Indian Civil Veterinary Department memoirs
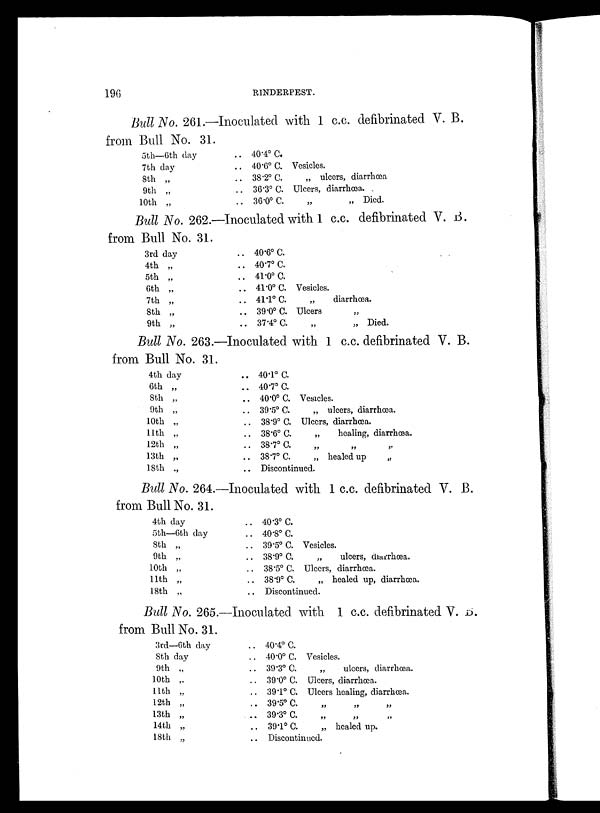
196
RINDERPEST.
Bull No. 261.—Inoculated with 1 c.c. defibrinated V. B.
from Bull No. 31.
5th—6th day
7th day
8th „
9th „
10th „
.. 40.4º C.
.. 40.6º C. Vesicles.
.. 38.2º C.
„ ulcers, diarrhœa
.. 36.3º C. Ulcers, diarrhœa.
.. 36.0º C.
„
„ Died.
Bull No. 262.—Inoculated with 1 c.c. defibrinated V. B.
from Bull No. 31.
3rd day
4th „
5th „
6th „
7th „
8th „
9th „
.. 40.6º C.
.. 40.7º C.
.. 41.0º C.
.. 41.0º C. Vesicles.
.. 41.1º C.
„
diarrhœa.
.. 39.0º C. Ulcers „
.. 37.4º C. „
„ Died.
Bull No. 263.—Inoculated with 1 c.c. defibrinated V. B.
from Bull No. 31.
4th day
6th „
8th „
9th „
10th „
11th „
12th „
13th „
18th „
.. 40.1º C.
.. 40.7º C.
.. 40.0º C. Vesicles.
.. 39.5º C.
„ ulcers, diarrhœa.
.. 38.9º C. Ulcers, diarrhœa.
.. 38.6º C.
„
healing, diarrhœa.
.. 38.7º C. „ „ „
.. 38.7º C.
„ healed up „
.. Discontinued.
Bull No. 264.—Inoculated with 1 c.c. defibrinated V. B.
from Bull No. 31.
4th day
5th—6th day
8th „
9th „
10th „
11th „
18th „
.. 40.3º C.
.. 40.8º C.
.. 39.5º C. Vesicles.
.. 38.9º C.
„
ulcers, diarrhœa.
.. 38.5º C. Ulcers, diarrhœa.
.. 38.9º C.
„ healed up, diarrhœa.
.. Discontinued.
Bull No. 265.—Inoculated with 1 c.c. defibrinated V. B.
from Bull No. 31.
3rd—6th day
8th day
9th „
10th „
11th „
12th „
13th „
14th „
18th „
.. 40.4º C.
.. 40.0º C. Vesicles.
.. 39 .3º C.
„
ulcers, diarrhœa.
.. 39.0º C. Ulcers, diarrhœa.
.. 39.1º C. Ulcers healing, diarrhœa.
.. 39.5º C.
„
„
„
.. 39.3º C. „ „ „
.. 39.1º C.
„ healed up.
.. Discontinued.